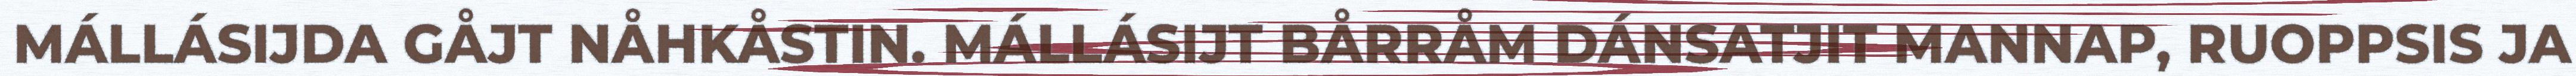
MÁLLÁSIJDA GÅJT NÅHKÅSTIN. MÁLLÁSIJT BÅRRÅM DÁNSATJIT MANNAP, RUOPPSIS JA